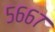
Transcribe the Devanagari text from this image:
५६६७